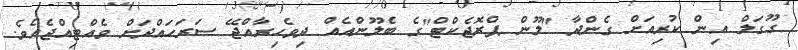
ގޫގަލް އިން ކުރިއަށް ގެންދާ "ލޫން ޕްރޮޖެކްޓް"ގެ ބެލޫންއެއް ދިވެހިރާއްޖޭ ސަރަހައްދަށް ވެއްޓިއްޖެއެވެ.